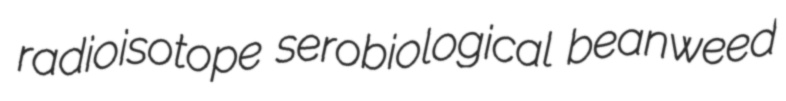
radioisotope serobiological beanweed